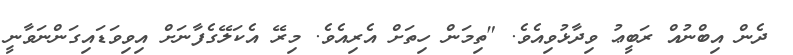
ދެން އިބްނުއް ރަބީޢު ވިދާޅުވިއެވެ. "ތިމަން ހިތަށް އެރިއެވެ. މިރޭ އެކަލޭގެފާނަށް އިވިވަޑައިގަންނަވާނީ